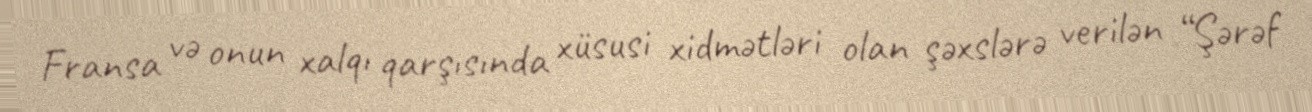
Fransa və onun xalqı qarşısında xüsusi xidmətləri olan şəxslərə verilən “Şərəf